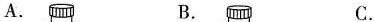
A. B. C.